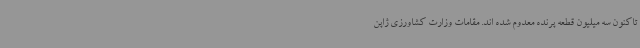
تاکنون سه میلیون قطعه پرنده معدوم شده اند. مقامات وزارت کشاورزی ژاپن